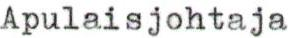
Apulaisjohtaja